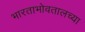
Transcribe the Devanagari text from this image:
भारताभोवतालच्या